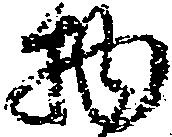
物